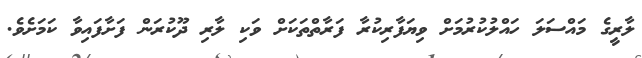
ލާރީގެ މައްސަލަ ހައްލުކުރުމަށް ވިޔަފާރިކުރާ ފަރާތްތަކަށް ވަކި ލާރި ދޫކުރަން ފަށާފައިވާ ކަމަށެވެ.